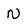
Character: N